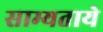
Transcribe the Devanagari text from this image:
साम्यताये